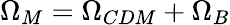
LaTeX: \Omega_{M}=\Omega_{CDM}+\Omega_{B}